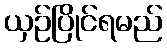
ယှဉ်ပြိုင်ရမည်